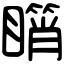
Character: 𥋘